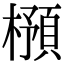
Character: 𣛿